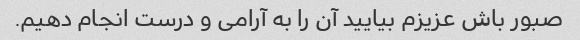
صبور باش عزیزم بیایید آن را به آرامی و درست انجام دهیم.